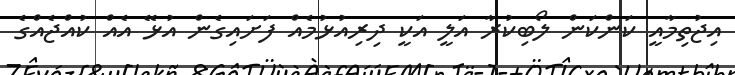
އިޖުތިމާއީ ކަންކަން ލޯބިކުރާ އަލީ އަކީ ދިރިއުޅުމެއް ފަށައިގެން އުޅޭ އެއް ކުއްޖެއްގެ